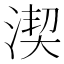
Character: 𣸲